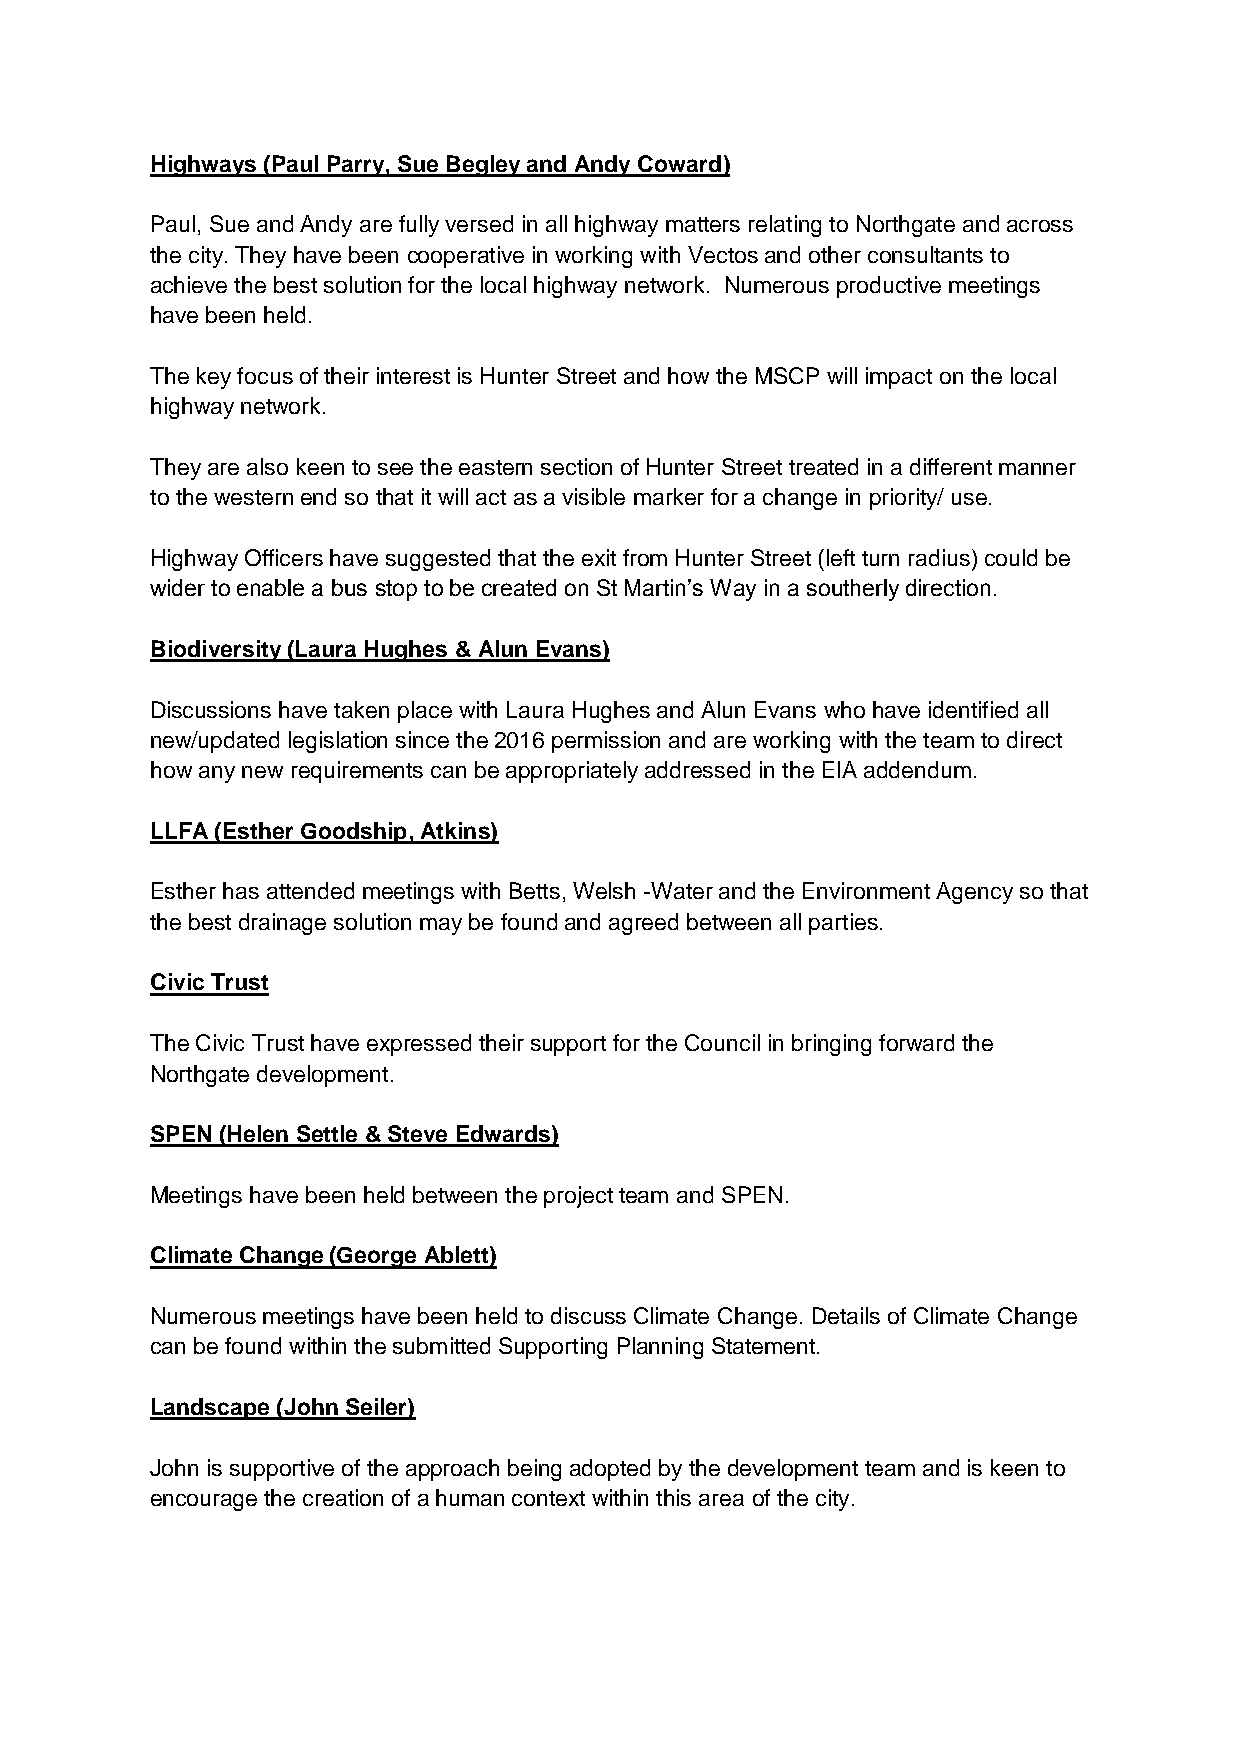
Highways (Paul Parry, Sue Begley and Andy Coward)
 Paul, Sue and Andy are fully versed in all highway matters relating to Northgate and across
 the city. They have been cooperative in working with Vectos and other consultants to
 achieve the best solution for the local highway network. Numerous productive meetings
 have been held.
 The key focus of their interest is Hunter Street and how the MSCP will impact on the local
 highway network.
 They are also keen to see the eastern section of Hunter Street treated in a different manner
 to the western end so that it will act as a visible marker for a change in priority/ use.
 Highway Officers have suggested that the exit from Hunter Street (left turn radius) could be
 wider to enable a bus stop to be created on St Martin’s Way in a southerly direction.
 Biodiversity (Laura Hughes & Alun Evans)
 Discussions have taken place with Laura Hughes and Alun Evans who have identified all
 new/updated legislation since the 2016 permission and are working with the team to direct
 how any new requirements can be appropriately addressed in the EIA addendum.
 LLFA (Esther Goodship, Atkins)
 Esther has attended meetings with Betts, Welsh -Water and the Environment Agency so that
 the best drainage solution may be found and agreed between all parties.
 Civic Trust
 The Civic Trust have expressed their support for the Council in bringing forward the
 Northgate development.
 SPEN (Helen Settle & Steve Edwards)
 Meetings have been held between the project team and SPEN.
 Climate Change (George Ablett)
 Numerous meetings have been held to discuss Climate Change. Details of Climate Change
 can be found within the submitted Supporting Planning Statement.
 Landscape (John Seiler)
 John is supportive of the approach being adopted by the development team and is keen to
 encourage the creation of a human context within this area of the city.